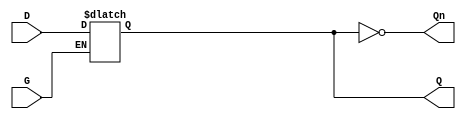
module async_gated_latch (
    input wire D,        // Data input
    input wire G,        // Gate control signal (Enable)
    output reg Q,        // Output signal
    output wire Qn       // Complementary output
);

// Complementary output
assign Qn = ~Q;

// Latch functionality
always @* begin
    if (G) begin
        Q = D;          // When G is high, Q follows D
    end
    // When G is low, Q retains its last value (no assignment here)
end

endmodule